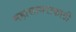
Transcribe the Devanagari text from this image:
महासागराकाठी